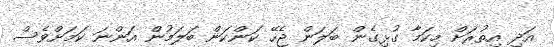
އަދި އިތުރަށް މިކަމާ ގުޅިގެން ބަލަން ޖެހޭ ކަންކަން ބަލަމުން އަންނަ ކަމަށްވެސް